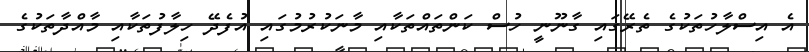
އެ އިސްލާހުތަކުގެ ތެރޭގައި ގާނޫނީ ހުސް ކަންތައްތަކާއި މާނަކުރުމުގައި އުފެދޭ ހިލާފުތަކާއި މާއްދާތަކުގެ